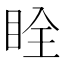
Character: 䀬